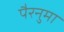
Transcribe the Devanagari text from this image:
पैरनुमा